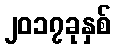
၂၀၁၇ခုနှစ်